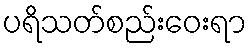
ပရိသတ်စည်းဝေးရာ